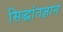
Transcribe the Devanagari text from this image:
सिद्धांतज्ञान